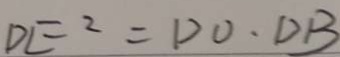
D E ^ { 2 } = D O \cdot D B